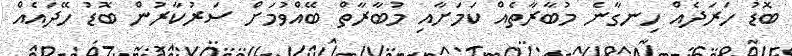
ބޮޑު ހަރަދެއް ހިނގާނެ މުބާރާތެއް ކަމަށާއި މުބާރާތް ބޭއްވުމަށް ސަރުކާރުން ބޮޑު ހޭދައެއް